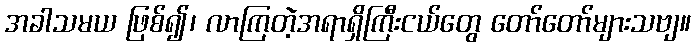
အခါသမယ ဖြစ်၍၊ လာကြတဲ့အရာရှိကြီးငယ်တွေ တော်တော်များသဗျ။